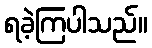
ရခဲ့ကြပါသည်။